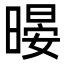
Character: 暥